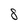
Character: 8